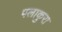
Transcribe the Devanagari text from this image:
पलाकुरा